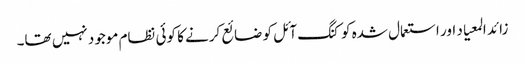
زائد المعیاد اور استعمال شدہ کوکنگ آئل کو ضائع کرنے کا کوئی نظام موجود نہیں تھا۔